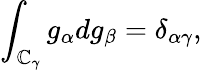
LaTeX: \int_{\mathbb{C}_{\gamma}}g_{\alpha}dg_{\beta}=\delta_{\alpha\gamma},